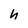
Character: h